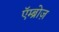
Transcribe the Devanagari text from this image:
एॅम्ब्रोज़